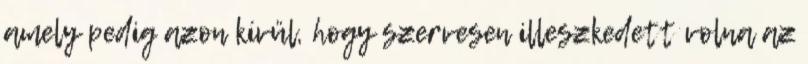
amely pedig azon kívül, hogy szervesen illeszkedett volna az